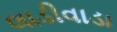
લાડીવાડા